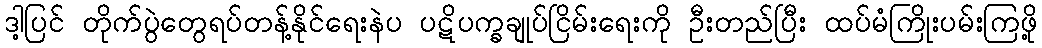
ဒါ့ပြင် တိုက်ပွဲတွေရပ်တန့်နိုင်ရေးနဲပ ပဋိပက္ခချုပ်ငြိမ်းရေးကို ဦးတည်ပြီး ထပ်မံကြိုးပမ်းကြဖို့